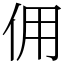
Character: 佣